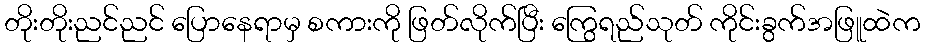
တိုးတိုးညင်ညင် ပြောနေရာမှ စကားကို ဖြတ်လိုက်ပြီး ကြွေရည်သုတ် ကိုင်းခွက်အဖြူထဲက